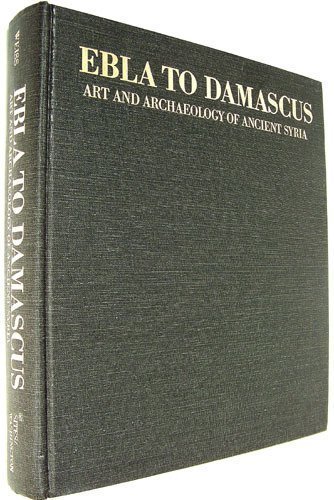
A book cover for Ebla to Damascus: Art and Archaeology of Ancient Syria; M.D.) Walters Art Gallery (Baltimore; Travel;